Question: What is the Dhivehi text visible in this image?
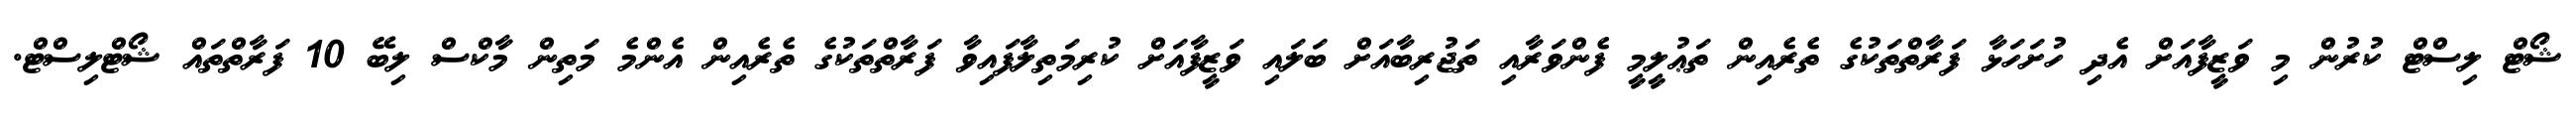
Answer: ޝޯޓް ލިސްޓް ކުރުން މި ވަޒީފާއަށް އެދި ހުށަހަޅާ ފަރާތްތަކުގެ ތެރެއިން ތަޢުލީމީ ފެންވަރާއި ތަޖުރިބާއަށް ބަލައި ވަޒީފާއަށް ކުރިމަތިލާފައިވާ ފަރާތްތަކުގެ ތެރެއިން އެންމެ މަތިން މާކްސް ލިބޭ 10 ފަރާތްތައް ޝޯޓްލިސްޓް.